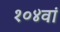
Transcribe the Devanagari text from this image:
१०४वां